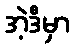
အဲ့ဒီမှာ